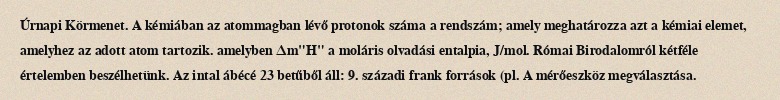
Úrnapi Körmenet. A kémiában az atommagban lévő protonok száma a rendszám; amely meghatározza azt a kémiai elemet, amelyhez az adott atom tartozik. amelyben Δm"H" a moláris olvadási entalpia, J/mol. Római Birodalomról kétféle értelemben beszélhetünk. Az intal ábécé 23 betűből áll: 9. századi frank források (pl. A mérőeszköz megválasztása.